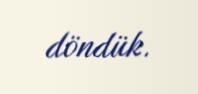
döndük.